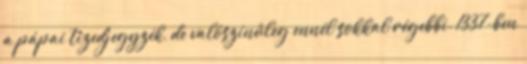
a pápai tizedjegyzék, de valószínűleg ennél sokkal régebbi. 1337-ben